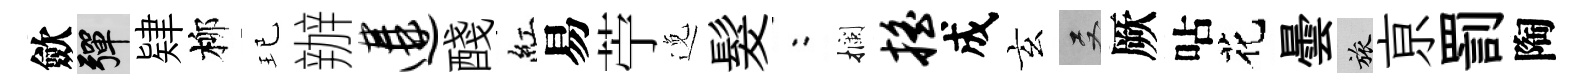
歛彈肄柳玘辦遘醆紅易苧𨓜髮欸攔摇成玄双厥呫花曇旅亰罰陶